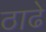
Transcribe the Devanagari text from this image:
ठाढे